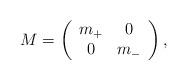
LaTeX: \begin{align*}M=\left(\begin{array}{cc}m_+ & 0 \\ 0& m_-\end{array}\right), \end{align*}